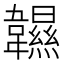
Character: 𩏰